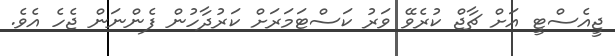
ޖީއެސްޓީ އަށް ޗާޖް ކުރެވޭ ވަރު ކަސްޓަމަރަށް ކަރުދާހުން ފެންނަން ޖެހެ އެވެ.